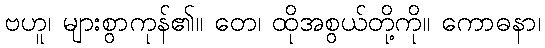
ဗဟူ၊ များစွာကုန်၏။ တေ၊ ထိုအစွယ်တို့ကို။ ကောဓနာ၊